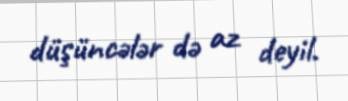
düşüncələr də az deyil.